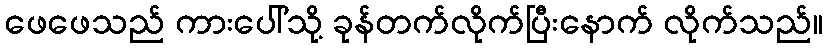
ဖေဖေသည် ကားပေါ်သို့ ခုန်တက်လိုက်ပြီးနောက် လိုက်သည်။